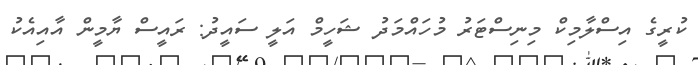
ކުރީގެ އިސްލާމިކް މިނިސްޓަރު މުހައްމަދު ޝަހީމް އަލީ ސައީދު: ރައީސް ޔާމީން އާއިއެކު